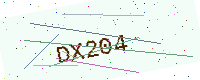
Text: DX204